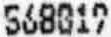
568019